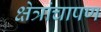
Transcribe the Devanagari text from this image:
क्षेत्रांचापण